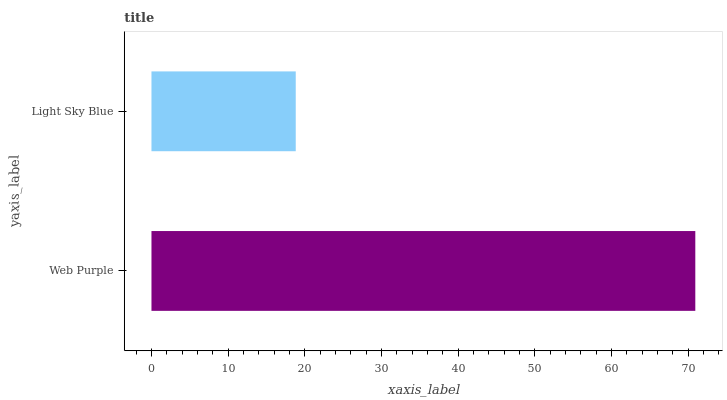
| yaxis_label | bars |
 | --- | --- |
 | Web Purple | 70.9 |
 | Light Sky Blue | 18.8 |